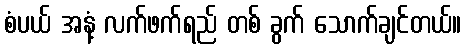
စံပယ် အနံ့ လက်ဖက်ရည် တစ် ခွက် သောက်ချင်တယ်။